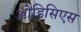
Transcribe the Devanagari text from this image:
ओडिसिएस